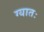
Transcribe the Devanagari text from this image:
ग्यातः